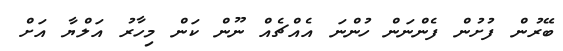
ބޭރުން ފުށުން ފެންނަން ހުންނަ އެއްޗެއް ނޫން ކަން މިހާރު އަލްޔާ އަށް